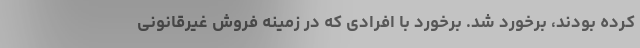
کرده بودند، برخورد شد. برخورد با افرادی که در زمینه فروش غیرقانونی